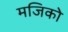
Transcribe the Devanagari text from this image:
मजिको